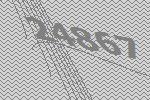
24867